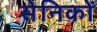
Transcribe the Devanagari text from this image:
सेनिकों